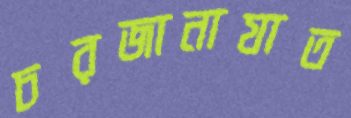
চরজানাযাত